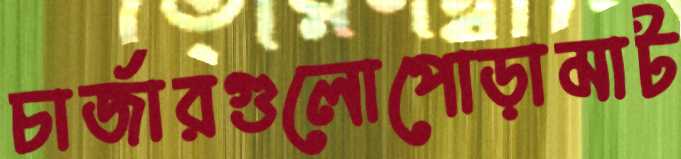
চার্জারগুলোপোড়ামাট